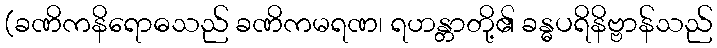
(ခဏိကနိရောဓသည် ခဏိကမရဏ၊ ရဟန္တာတို့၏ ခန္ဓပရိနိဗ္ဗာန်သည်